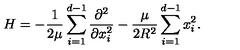
H = - \frac { 1 } { 2 \mu } \sum _ { i = 1 } ^ { d - 1 } \frac { \partial ^ { 2 } } { \partial x _ { i } ^ { 2 } } - \frac { \mu } { 2 R ^ { 2 } } \sum _ { i = 1 } ^ { d - 1 } x _ { i } ^ { 2 } .